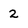
Character: 2